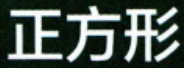
正方形